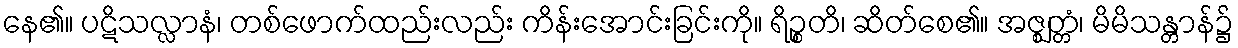
နေ၏။ ပဋိသလ္လာနံ၊ တစ်ဖောက်ထည်းလည်း ကိန်းအောင်းခြင်းကို။ ရိဉ္စတိ၊ ဆိတ်စေ၏။ အဇ္ဈတ္တံ၊ မိမိသန္တာန်၌